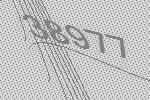
38977